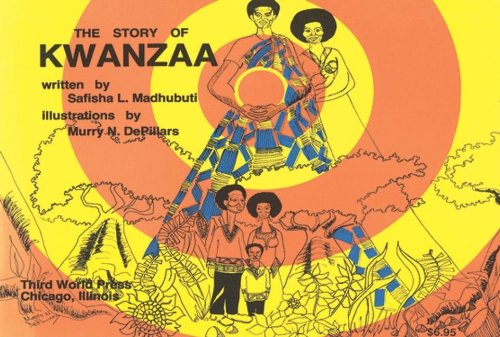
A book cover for Story of Kwanzaa; Safisha Madhubuti; Children's Books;